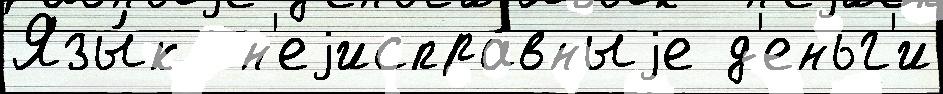
Язы́к  н'еjиспра́вныjе д'еньг'и